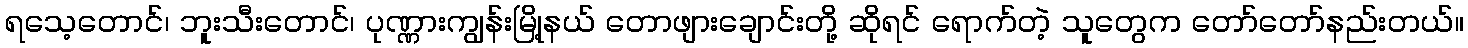
ရသေ့တောင်၊ ဘူးသီးတောင်၊ ပုဏ္ဏားကျွန်းမြို့နယ် တောဖျားချောင်းတို့ ဆိုရင် ရောက်တဲ့ သူတွေက တော်တော်နည်းတယ်။